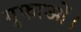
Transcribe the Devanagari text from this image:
गुफाओं।